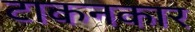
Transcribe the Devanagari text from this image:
टाकनकार